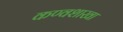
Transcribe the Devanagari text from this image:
कण्वशाखा